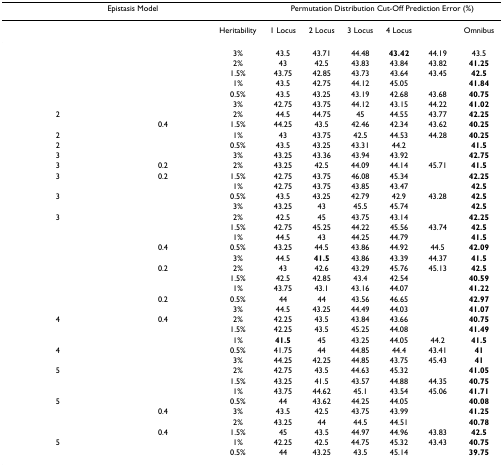
<table><thead><tr><td colspan="3"><b>Epistasis Model</b></td><td colspan="6"><b>Permutation Distribution Cut-Off Prediction Error (%)</b></td></tr></thead><tbody><tr><td>[EMPTY_CELL]</td><td>[EMPTY_CELL]</td><td>Heritability</td><td>1 Locus</td><td>2 Locus</td><td>3 Locus</td><td>4 Locus</td><td>[EMPTY_CELL]</td><td>Omnibus</td></tr><tr><td>[EMPTY_CELL]</td><td>[EMPTY_CELL]</td><td>3%</td><td>43.5</td><td>43.71</td><td>44.48</td><td><b>43.42</b></td><td>44.19</td><td>43.5</td></tr><tr><td>[EMPTY_CELL]</td><td>[EMPTY_CELL]</td><td>2%</td><td>43</td><td>42.5</td><td>43.83</td><td>43.84</td><td>43.82</td><td><b>41.25</b></td></tr><tr><td>[EMPTY_CELL]</td><td>[EMPTY_CELL]</td><td>1.5%</td><td>43.75</td><td>42.85</td><td>43.73</td><td>43.64</td><td>43.45</td><td><b>42.5</b></td></tr><tr><td>[EMPTY_CELL]</td><td>[EMPTY_CELL]</td><td>1%</td><td>43.5</td><td>42.75</td><td>44.12</td><td>45.05</td><td>[EMPTY_CELL]</td><td><b>41.84</b></td></tr><tr><td>[EMPTY_CELL]</td><td>[EMPTY_CELL]</td><td>0.5%</td><td>43.5</td><td>43.25</td><td>43.19</td><td>42.68</td><td>43.68</td><td><b>40.75</b></td></tr><tr><td>[EMPTY_CELL]</td><td>[EMPTY_CELL]</td><td>3%</td><td>42.75</td><td>43.75</td><td>44.12</td><td>43.15</td><td>44.22</td><td><b>41.02</b></td></tr><tr><td>2</td><td>[EMPTY_CELL]</td><td>2%</td><td>44.5</td><td>44.75</td><td>45</td><td>44.55</td><td>43.77</td><td><b>42.25</b></td></tr><tr><td>[EMPTY_CELL]</td><td>0.4</td><td>1.5%</td><td>44.25</td><td>43.5</td><td>42.46</td><td>42.34</td><td>43.62</td><td><b>40.25</b></td></tr><tr><td>2</td><td>[EMPTY_CELL]</td><td>1%</td><td>43</td><td>43.75</td><td>42.5</td><td>44.53</td><td>44.28</td><td><b>40.25</b></td></tr><tr><td>2</td><td>[EMPTY_CELL]</td><td>0.5%</td><td>43.5</td><td>43.25</td><td>43.31</td><td>44.2</td><td>[EMPTY_CELL]</td><td><b>41.5</b></td></tr><tr><td>3</td><td>[EMPTY_CELL]</td><td>3%</td><td>43.25</td><td>43.36</td><td>43.94</td><td>43.92</td><td>[EMPTY_CELL]</td><td><b>42.75</b></td></tr><tr><td>3</td><td>0.2</td><td>2%</td><td>43.25</td><td>42.5</td><td>44.09</td><td>44.14</td><td>45.71</td><td><b>41.5</b></td></tr><tr><td>3</td><td>0.2</td><td>1.5%</td><td>42.75</td><td>43.75</td><td>46.08</td><td>45.34</td><td>[EMPTY_CELL]</td><td><b>42.25</b></td></tr><tr><td>[EMPTY_CELL]</td><td>[EMPTY_CELL]</td><td>1%</td><td>42.75</td><td>43.75</td><td>43.85</td><td>43.47</td><td>[EMPTY_CELL]</td><td><b>42.5</b></td></tr><tr><td>3</td><td>[EMPTY_CELL]</td><td>0.5%</td><td>43.5</td><td>43.25</td><td>42.79</td><td>42.9</td><td>43.28</td><td><b>42.5</b></td></tr><tr><td>[EMPTY_CELL]</td><td>[EMPTY_CELL]</td><td>3%</td><td>43.25</td><td>43</td><td>45.5</td><td>45.74</td><td>[EMPTY_CELL]</td><td><b>42.5</b></td></tr><tr><td>3</td><td>[EMPTY_CELL]</td><td>2%</td><td>42.5</td><td>45</td><td>43.75</td><td>43.14</td><td>[EMPTY_CELL]</td><td><b>42.25</b></td></tr><tr><td>[EMPTY_CELL]</td><td>[EMPTY_CELL]</td><td>1.5%</td><td>42.75</td><td>45.25</td><td>44.22</td><td>45.56</td><td>43.74</td><td><b>42.5</b></td></tr><tr><td>[EMPTY_CELL]</td><td>[EMPTY_CELL]</td><td>1%</td><td>44.5</td><td>43</td><td>44.25</td><td>44.79</td><td>[EMPTY_CELL]</td><td><b>41.5</b></td></tr><tr><td>[EMPTY_CELL]</td><td>0.4</td><td>0.5%</td><td>43.25</td><td>44.5</td><td>43.86</td><td>44.92</td><td>44.5</td><td><b>42.09</b></td></tr><tr><td>[EMPTY_CELL]</td><td>[EMPTY_CELL]</td><td>3%</td><td>44.5</td><td><b>41.5</b></td><td>43.86</td><td>43.39</td><td>44.37</td><td><b>41.5</b></td></tr><tr><td>[EMPTY_CELL]</td><td>0.2</td><td>2%</td><td>43</td><td>42.6</td><td>43.29</td><td>45.76</td><td>45.13</td><td><b>42.5</b></td></tr><tr><td>[EMPTY_CELL]</td><td>[EMPTY_CELL]</td><td>1.5%</td><td>42.5</td><td>42.85</td><td>43.4</td><td>42.54</td><td>[EMPTY_CELL]</td><td><b>40.59</b></td></tr><tr><td>[EMPTY_CELL]</td><td>[EMPTY_CELL]</td><td>1%</td><td>43.75</td><td>43.1</td><td>43.16</td><td>44.07</td><td>[EMPTY_CELL]</td><td><b>41.22</b></td></tr><tr><td>[EMPTY_CELL]</td><td>0.2</td><td>0.5%</td><td>44</td><td>44</td><td>43.56</td><td>46.65</td><td>[EMPTY_CELL]</td><td><b>42.97</b></td></tr><tr><td>[EMPTY_CELL]</td><td>[EMPTY_CELL]</td><td>3%</td><td>44.5</td><td>43.25</td><td>44.49</td><td>44.03</td><td>[EMPTY_CELL]</td><td><b>41.07</b></td></tr><tr><td>4</td><td>0.4</td><td>2%</td><td>42.25</td><td>43.5</td><td>43.84</td><td>43.66</td><td>[EMPTY_CELL]</td><td><b>40.75</b></td></tr><tr><td>[EMPTY_CELL]</td><td>[EMPTY_CELL]</td><td>1.5%</td><td>42.25</td><td>43.5</td><td>45.25</td><td>44.08</td><td>[EMPTY_CELL]</td><td><b>41.49</b></td></tr><tr><td>[EMPTY_CELL]</td><td>[EMPTY_CELL]</td><td>1%</td><td><b>41.5</b></td><td>45</td><td>43.25</td><td>44.05</td><td>44.2</td><td><b>41.5</b></td></tr><tr><td>4</td><td>[EMPTY_CELL]</td><td>0.5%</td><td>41.75</td><td>44</td><td>44.85</td><td>44.4</td><td>43.41</td><td><b>41</b></td></tr><tr><td>[EMPTY_CELL]</td><td>[EMPTY_CELL]</td><td>3%</td><td>44.25</td><td>42.25</td><td>44.85</td><td>43.75</td><td>45.43</td><td><b>41</b></td></tr><tr><td>5</td><td>[EMPTY_CELL]</td><td>2%</td><td>42.75</td><td>43.5</td><td>44.63</td><td>45.32</td><td>[EMPTY_CELL]</td><td><b>41.05</b></td></tr><tr><td>[EMPTY_CELL]</td><td>[EMPTY_CELL]</td><td>1.5%</td><td>43.25</td><td>41.5</td><td>43.57</td><td>44.88</td><td>44.35</td><td><b>40.75</b></td></tr><tr><td>[EMPTY_CELL]</td><td>[EMPTY_CELL]</td><td>1%</td><td>43.75</td><td>44.62</td><td>45.1</td><td>43.54</td><td>45.06</td><td><b>41.71</b></td></tr><tr><td>5</td><td>[EMPTY_CELL]</td><td>0.5%</td><td>44</td><td>43.62</td><td>44.25</td><td>44.05</td><td>[EMPTY_CELL]</td><td><b>40.08</b></td></tr><tr><td>[EMPTY_CELL]</td><td>0.4</td><td>3%</td><td>43.5</td><td>42.5</td><td>43.75</td><td>43.99</td><td>[EMPTY_CELL]</td><td><b>41.25</b></td></tr><tr><td>[EMPTY_CELL]</td><td>[EMPTY_CELL]</td><td>2%</td><td>43.25</td><td>44</td><td>44.5</td><td>44.51</td><td>[EMPTY_CELL]</td><td><b>40.78</b></td></tr><tr><td>[EMPTY_CELL]</td><td>0.4</td><td>1.5%</td><td>45</td><td>43.5</td><td>44.97</td><td>44.96</td><td>43.83</td><td><b>42.5</b></td></tr><tr><td>5</td><td>[EMPTY_CELL]</td><td>1%</td><td>42.25</td><td>42.5</td><td>44.75</td><td>45.32</td><td>43.43</td><td><b>40.75</b></td></tr><tr><td>[EMPTY_CELL]</td><td>[EMPTY_CELL]</td><td>0.5%</td><td>44</td><td>43.25</td><td>43.5</td><td>45.14</td><td>[EMPTY_CELL]</td><td><b>39.75</b></td></tr></tbody></table>